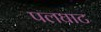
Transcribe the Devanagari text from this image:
पलघाट